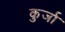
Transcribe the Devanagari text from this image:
कुर्जा